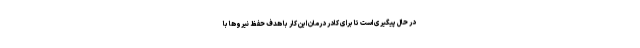
در حال پیگیری است تا برای کادر درمان این کار با هدف حفظ نیروها با